画像に写った文字を読んでください
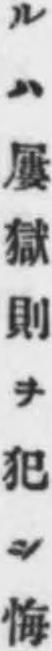
「ルハ屢獄則ヲ犯シ悔」と書いてあります